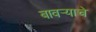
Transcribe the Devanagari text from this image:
बावऱ्याचे